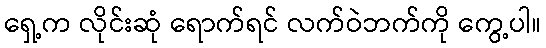
ရှေ့က လိုင်းဆုံ ရောက်ရင် လက်ဝဲဘက်ကို ကွေ့ပါ။